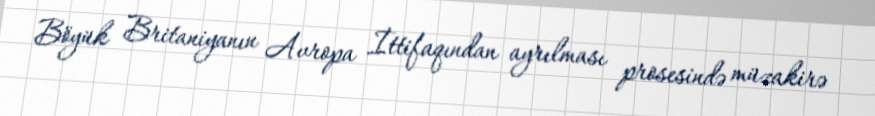
Böyük Britaniyanın Avropa İttifaqından ayrılması prosesində müzakirə